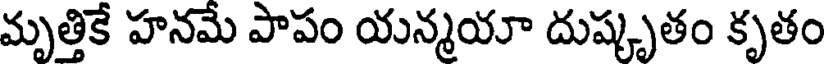
మృత్తికే హనమే పాపం యన్మయా దుష్కృతం కృతం